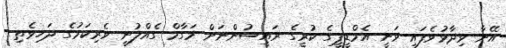
އޭނާ ވިދާޅުވެފައި ވަނީ އެމްޑީޕީގެ ކުރީގެ ރައީސުންނަށް މަގާމް ގެއްލުނީ ވެރިކަމުގެ ދަހިވެތި